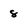
Character: 8